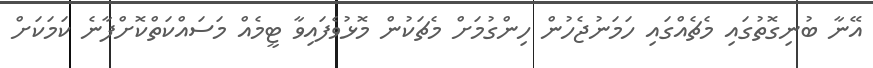
އޭނާ ބުނިގޮތުގައި މެޗެއްގައި ހަމަނުޖެހުން ހިންގުމަށް މެޗަކުން މޮޅުވެފައިވާ ޓީމެއް މަސައްކަތްކޮށްފާނެ ކަމަކަށް